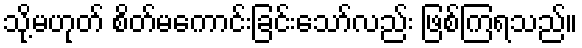
သို့မဟုတ် စိတ်မကောင်းခြင်းသော်လည်း ဖြစ်ကြရသည်။